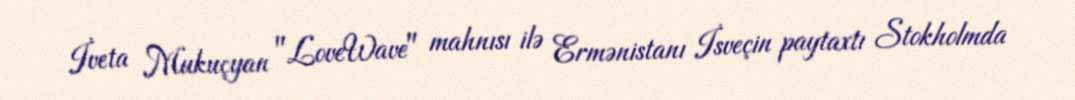
İveta Mukuçyan "LoveWave" mahnısı ilə Ermənistanı İsveçin paytaxtı Stokholmda